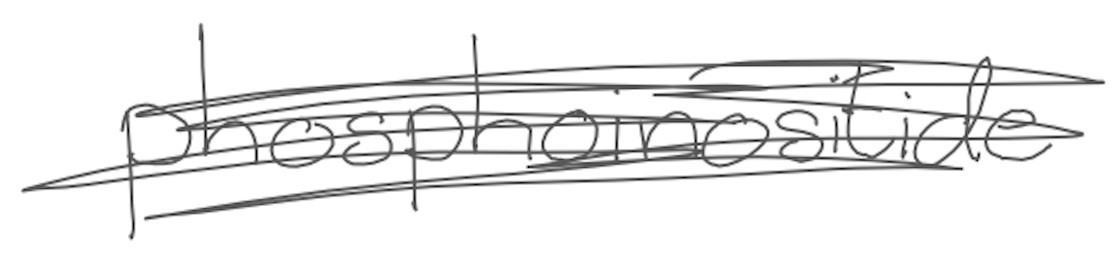
Text: phosphoinositide
Cross-out: scratch
Writing tool: digital_gray